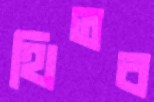
থিতব